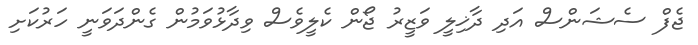
ޖެފް ސެޝަންސް އަދި ދާޚިލީ ވަޒީރު ޖޯން ކެލީވެސް ވިދާޅުވަމުން ގެންދަވަނީ ހަރުކަށި